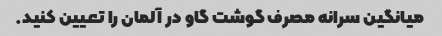
میانگین سرانه مصرف گوشت گاو در آلمان را تعیین کنید.